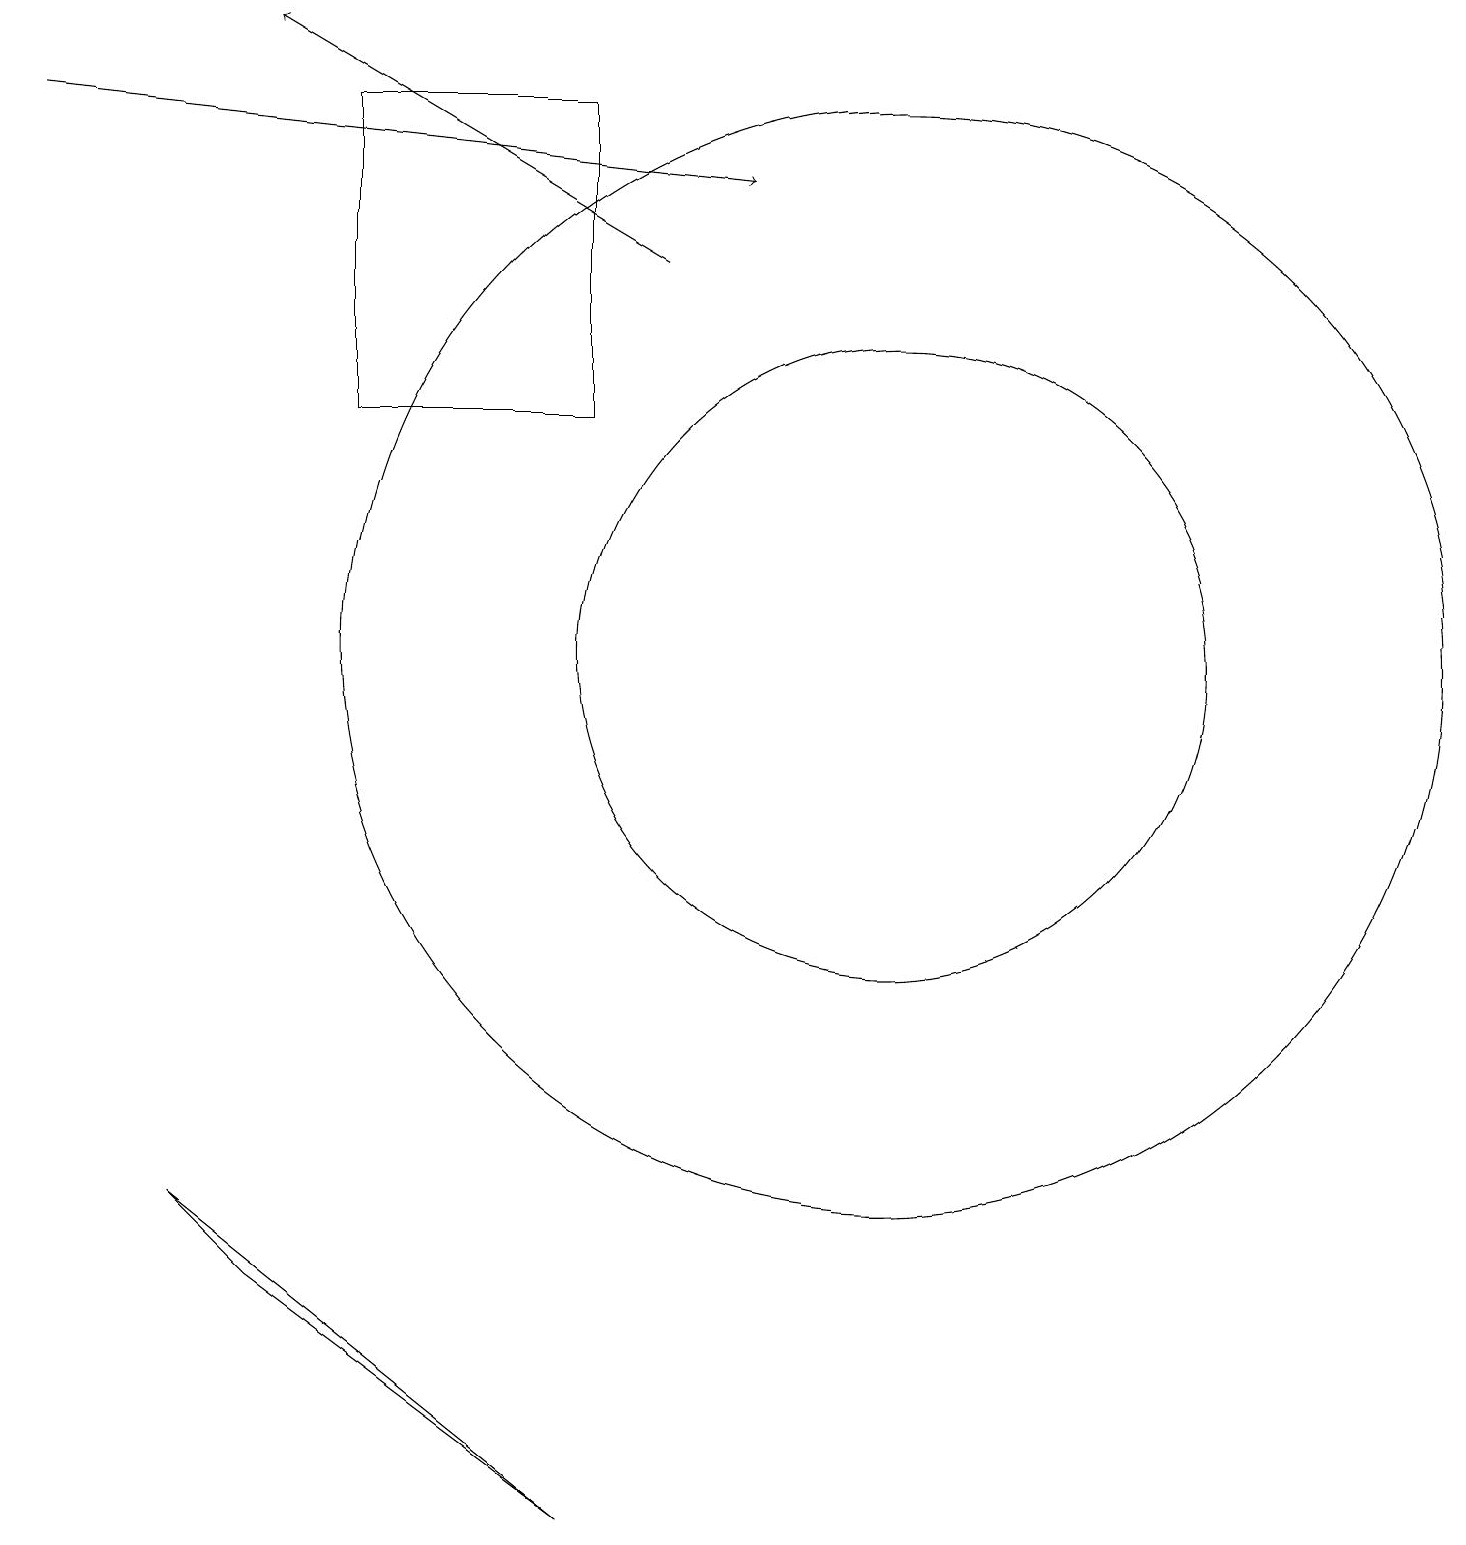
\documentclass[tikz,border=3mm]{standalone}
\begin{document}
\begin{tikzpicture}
\draw[->] (0,18) -- (9,17);
\draw (11,11) circle (4);
\draw[->] (8,16) -- (3,19);
\draw (7,18) rectangle (4,14);
\draw (11,11) circle (7);
\draw (3,3) -- (2,4) -- (7,0) -- cycle;
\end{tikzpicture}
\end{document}